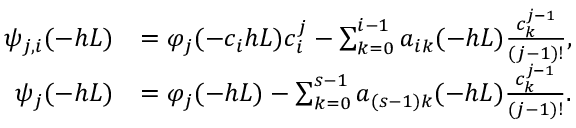
\begin{array} { r l } { \psi _ { j , i } ( - h L ) } & { = \varphi _ { j } ( - c _ { i } h L ) c _ { i } ^ { j } - \sum _ { k = 0 } ^ { i - 1 } a _ { i k } ( - h L ) \frac { c _ { k } ^ { j - 1 } } { ( j - 1 ) ! } , } \\ { \psi _ { j } ( - h L ) } & { = \varphi _ { j } ( - h L ) - \sum _ { k = 0 } ^ { s - 1 } a _ { ( s - 1 ) k } ( - h L ) \frac { c _ { k } ^ { j - 1 } } { ( j - 1 ) ! } . } \end{array}